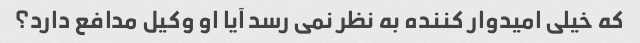
که خیلی امیدوار کننده به نظر نمی رسد آیا او وکیل مدافع دارد؟